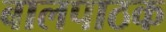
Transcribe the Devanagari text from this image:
बालपाठक